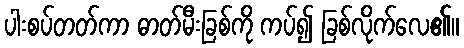
ပါးစပ်တတ်ကာ ဓာတ်မီးခြစ်ကို ကပ်၍ ခြစ်လိုက်လေ၏။